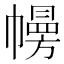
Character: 㡢